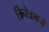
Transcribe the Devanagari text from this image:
त्रिनेत्रभजे